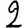
Digit: 2